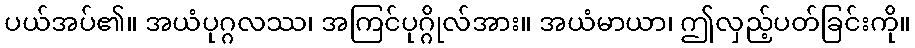
ပယ်အပ်၏။ အယံပုဂ္ဂလဿ၊ အကြင်ပုဂ္ဂိုလ်အား။ အယံမာယာ၊ ဤလှည့်ပတ်ခြင်းကို။